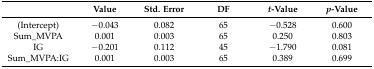
|  | Value | Std. Error | DF | t-Value | p-Value |
 | --- | --- | --- | --- | --- | --- |
 | (Intercept) | −0.043 | 0.082 | 65 | −0.528 | 0.600 |
 | Sum_MVPA | 0.001 | 0.003 | 65 | 0.250 | 0.803 |
 | IG | −0.201 | 0.112 | 45 | −1.790 | 0.081 |
 | Sum_MVPA:IG | 0.001 | 0.003 | 65 | 0.389 | 0.699 |